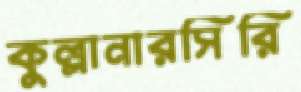
কুল্লানারসিরি